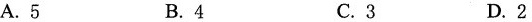
A.5 B.4 C.3 D.2